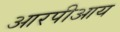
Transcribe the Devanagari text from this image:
आरपीआय